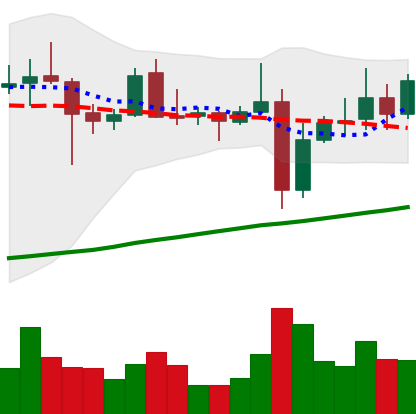
Ticker: XRP-USD
Chart end date: 2021-11-02
Forward return: 7.159%
Label: up_7plus